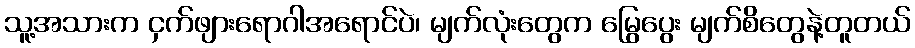
သူ့အသားက ငှက်ဖျားရောဂါအရောင်ပဲ၊ မျက်လုံးတွေက မြွေပွေး မျက်စိတွေနဲ့တူတယ်